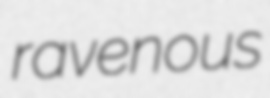
ravenous